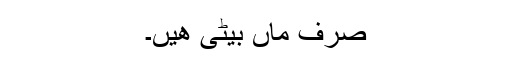
صرف ماں بیٹی ھیں۔